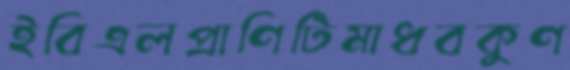
ইবিএলপ্রাণিটিমাধবকুণ